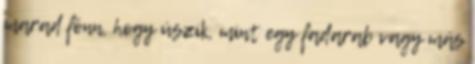
marad fönn, hogy úszik, mint egy fadarab vagy más